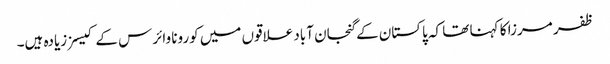
ظفر مرزا کا کہنا تھا کہ پاکستان کے گنجان آباد علاقوں میں کورونا وائرس کے کیسز زیادہ ہیں۔